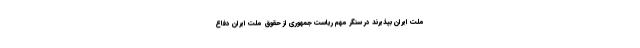
ملت ایران بپذیرند در سنگر مهم ریاست جمهوری از حقوق ملت ایران دفاع